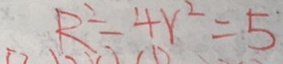
R ^ { 2 } - 4 r ^ { 2 } = 5